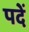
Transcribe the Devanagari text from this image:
पदें